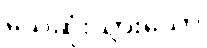
သေဆုံးသွားသော